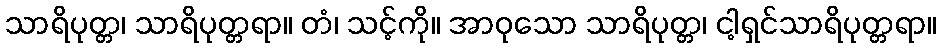
သာရိပုတ္တ၊ သာရိပုတ္တရာ။ တံ၊ သင့်ကို။ အာဝုသော သာရိပုတ္တ၊ ငါ့ရှင်သာရိပုတ္တရာ။